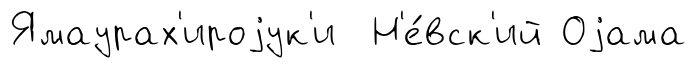
Ямаурах'ироjук'и Н'е́вск'ий Оjама